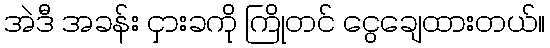
အဲဒီ အခန်း ငှားခကို ကြိုတင် ငွေချေထားတယ်။